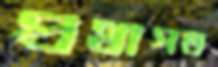
প্রথাগত